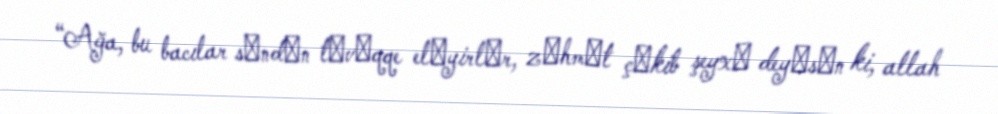
“Ağa, bu bacılar sәndәn tәvәqqe elәyirlәr, zәhmәt çәkib şeyxә deyәsәn ki, allah